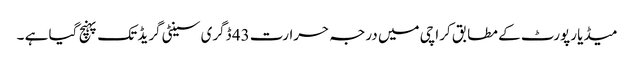
میڈیا رپورٹ کے مطابق کراچی میں درجہ حرارت 43 ڈگری سینٹی گریڈ تک پہنچ گیا ہے ۔